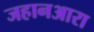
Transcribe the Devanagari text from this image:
जहानआरा